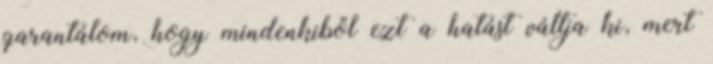
garantálom, hogy mindenkiből ezt a hatást váltja ki, mert